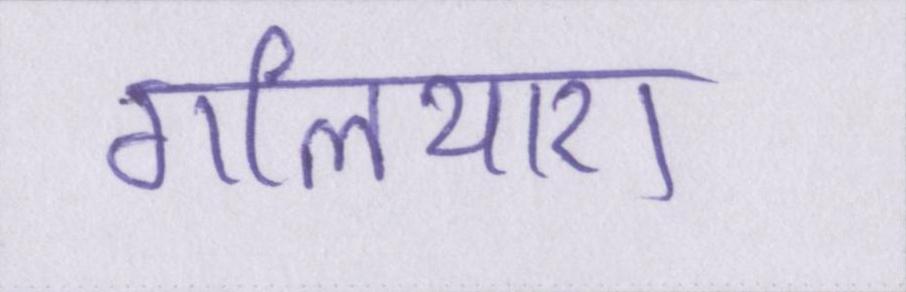
गलियारा